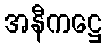
အနီကဋ္ဌေ